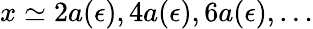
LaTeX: x\simeq 2a(\epsilon),4a(\epsilon),6a(\epsilon),\ldots